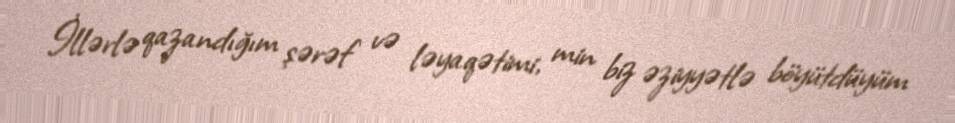
İllərlə qazandığım şərəf və ləyaqətimi, min biz əziyyətlə böyütdüyüm